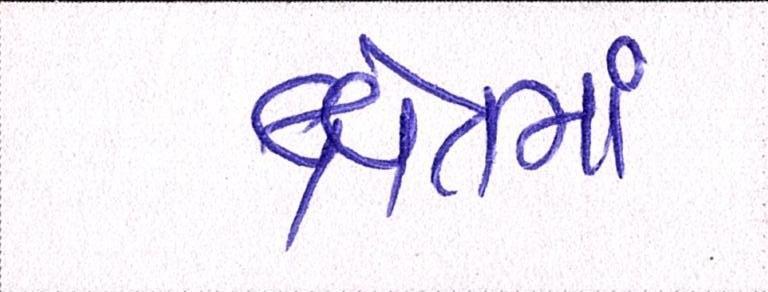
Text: ક્ષેત્રમાં